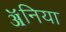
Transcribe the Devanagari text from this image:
ॲनिया